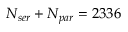
N _ { s e r } + N _ { p a r } = 2 3 3 6